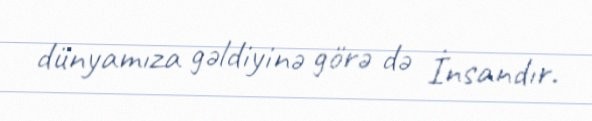
dünyamıza gəldiyinə görə də İnsandır.